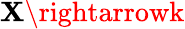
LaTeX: \mathbf{X}\rightarrowk